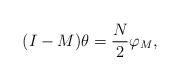
LaTeX: \begin{align*}(I-M)\theta=\frac{N}{2}\varphi_M,\end{align*}